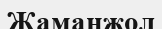
Жаманжол